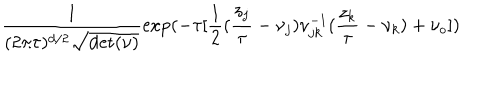
LaTeX: { \frac { 1 } { ( 2 \pi \tau ) ^ { d / 2 } \sqrt { \mathrm { d e t } ( \nu ) } } } \mathrm { e x p } ( - \tau [ { \frac { 1 } { 2 } } ( { \frac { z _ { j } } { \tau } } - \nu _ { j } ) \nu _ { j k } ^ { - 1 } ( { \frac { z _ { k } } { \tau } } - \nu _ { k } ) + \nu _ { o } ] )